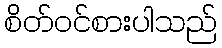
စိတ်ဝင်စားပါသည်